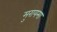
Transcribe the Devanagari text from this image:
मुरायमा